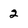
Character: 2